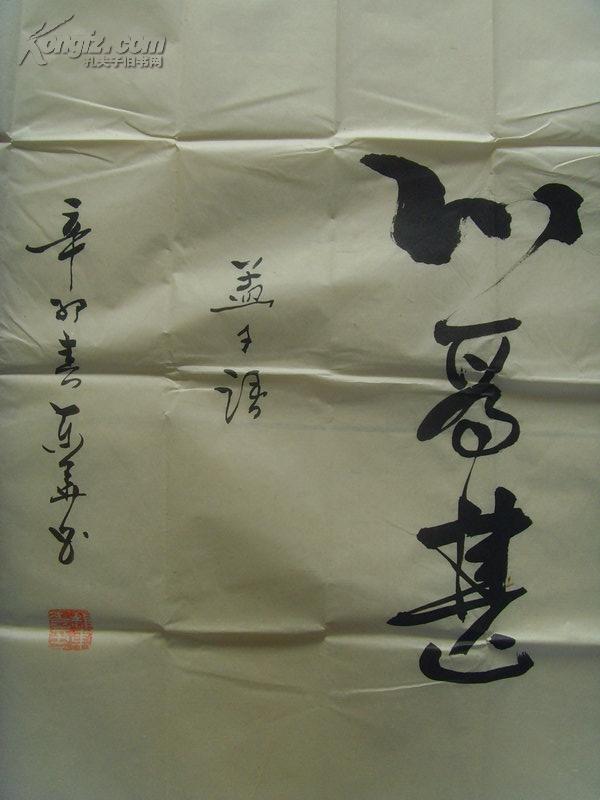
权，然后知轻重度，然后知长短。物皆然，心为甚。